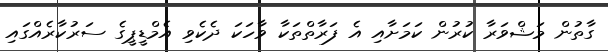
ގާތުން މަޝްވަރާ ކުރުން ކަމަށާއި އެ ފަރާތްތަކާ ވާހަކަ ދެކެވި އެމްޑީޕީގެ ސަރުކާރެއްގައި